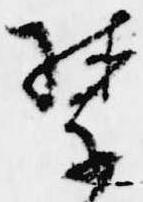
禁